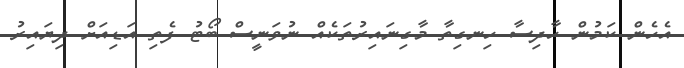
އެހެން ކަމުން ހާދިސާ ހިނގިތާ މާގިނައިރުތަކެއް ނުވަނީސް ބޯޓު ފެތި އަޑިއަށް ދިޔައިރު